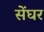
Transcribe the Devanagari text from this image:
सेंघर